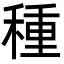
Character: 種